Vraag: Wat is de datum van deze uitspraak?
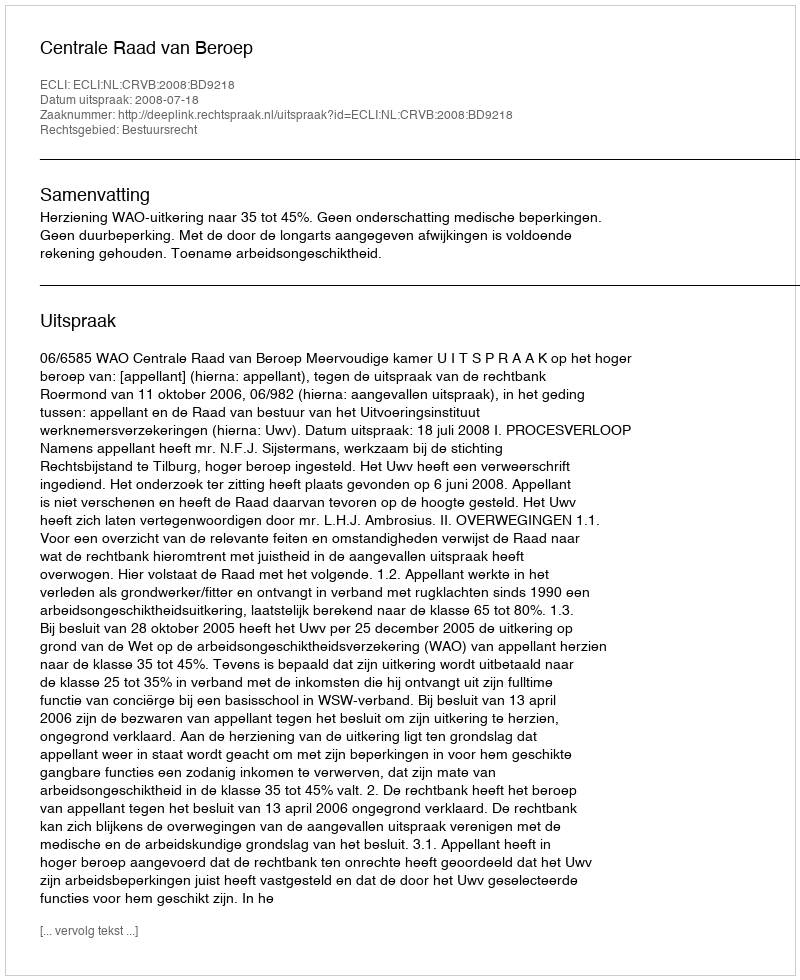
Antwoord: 2008-07-18